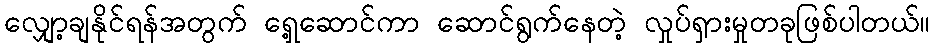
လျှော့ချနိုင်ရန်အတွက် ရှေ့ဆောင်ကာ ဆောင်ရွက်နေတဲ့ လှုပ်ရှားမှုတခုဖြစ်ပါတယ်။